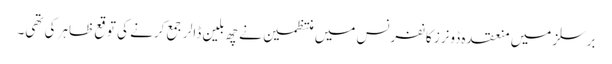
برسلز میں منعقدہ ڈونرز کانفرنس میں منتظمین نے چھ بلین ڈالر جمع کرنے کی توقع ظاہر کی تھی۔